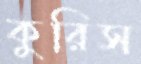
কুরিস